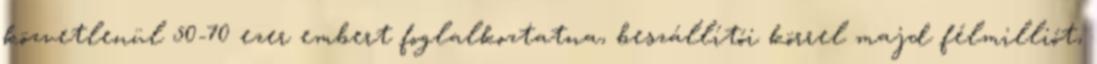
közvetlenül 50-70 ezer embert foglalkoztatna, beszállítói körrel majd félmilliót,